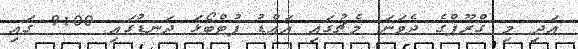
އަދި މި ގްރޫޕްގެ ދެވަނަ މެޗުގައި އައްޑު ފުޓްބޯޅަ ދަނޑުގައި 9:00 ގައި